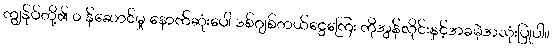
ကျွန်ုပ်တို့၏ ၀ န်ဆောင်မှု နောက်ဆုံးပေါ် ဒစ်ဂျစ်တယ်ငွေကြေး ကိုအွန်လိုင်းနှင့်အခမဲ့အသုံးပြုပါ။